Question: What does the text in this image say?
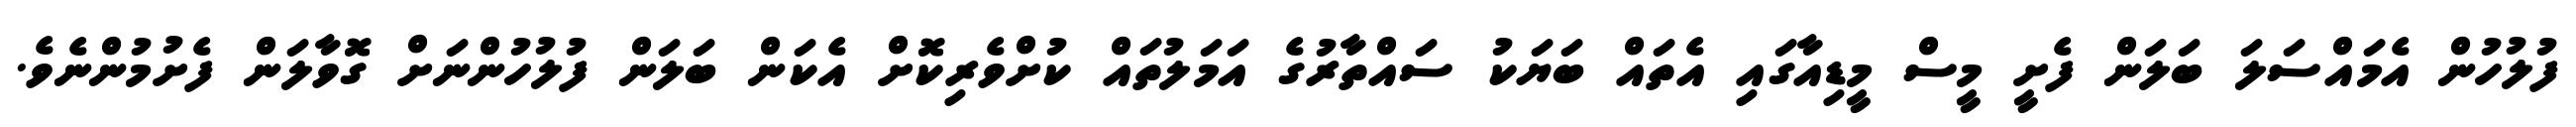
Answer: ފުލުހުން އެމައްސަލަ ބަލަން ފެށީ މީސް މީޑިއާގައި އެތައް ބަޔަކު ސައްތާރުގެ އަމަލުތައް ކުށްވެރިކޮށް އެކަން ބަލަން ފުލުހުންނަށް ގޮވާލަން ފެށުމުންނެވެ.